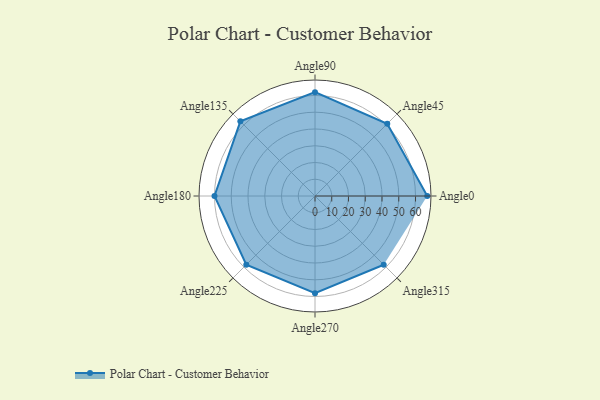
{"axis": {"x": "Angle", "y": "Radius"}, "legend": [""], "data": [{"x": "Angle0", "y": 67.0, "type": ""}, {"x": "Angle45", "y": 61.0, "type": ""}, {"x": "Angle90", "y": 62.0, "type": ""}, {"x": "Angle135", "y": 63.0, "type": ""}, {"x": "Angle180", "y": 60.0, "type": ""}, {"x": "Angle225", "y": 58.0, "type": ""}, {"x": "Angle270", "y": 58.0, "type": ""}, {"x": "Angle315", "y": 58.0, "type": ""}]}